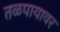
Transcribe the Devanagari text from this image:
तळपायावर